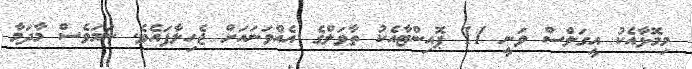
މިމޮޅާއެކު އީގަލްސް ވަނީ 11 ޕޮއިންޓާއެކު ތާވަލްގެ އެއްވަނައަށް ޖެހިލާފައެވެ. ނަމަވެސް މާދަމާ